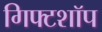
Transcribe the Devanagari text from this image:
गिफ्टशॉप